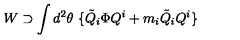
W \supset \int d ^ { 2 } \theta \ \{ { \tilde { Q } } _ { i } \Phi Q ^ { i } + m _ { i } { \tilde { Q } } _ { i } Q ^ { i } \}